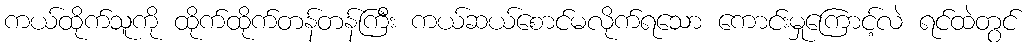
ကယ်ထိုက်သူကို ထိုက်ထိုက်တန်တန်ကြီး ကယ်ဆယ်စောင်မလိုက်ရသော ကောင်းမှုကြောင့်လဲ ရင်ထဲတွင်